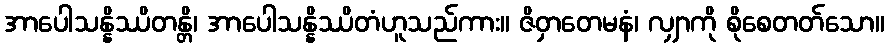
အာပေါသန္နိဿိတန္တိ၊ အာပေါသန္နိဿိတံဟူသည်ကား။ ဇိဝှာတေမနံ၊ လျှာကို စိုစေတတ်သော။